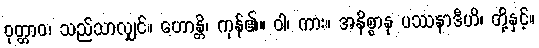
ဝုတ္တာဝ၊ သည်သာလျှင်။ ဟောန္တိ၊ ကုန်၏။ ဝါ၊ ကား။ အနိစ္စာနု ပဿနာဒီဟိ၊ တို့နှင့်။